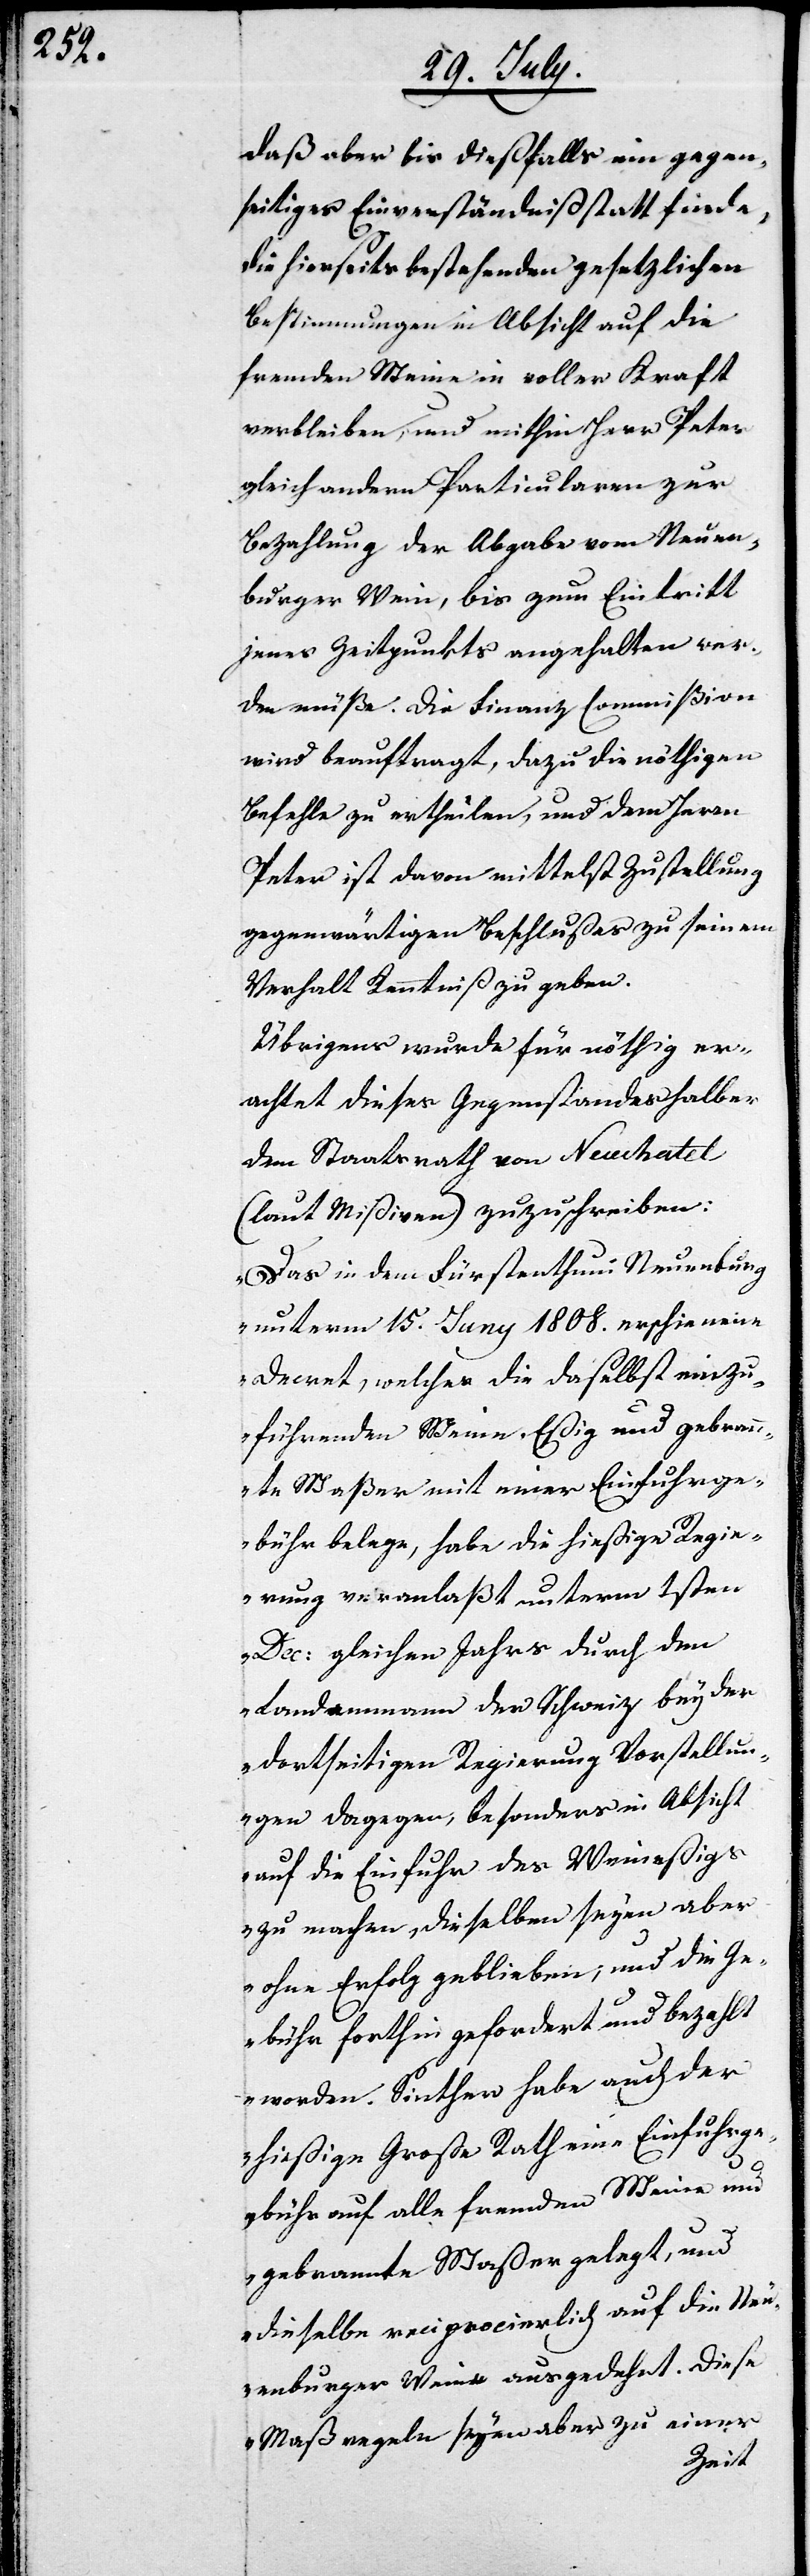
daß aber bis dießfalls ein gegen¬
seitiges Einverständniß statt finde,
die hierseits bestehenden gesetzlichen
Bestimmungen in Absicht auf die
fremden Weine in voller Kraft
verbleiben, und mithin Herr Peter
gleich andern Particularen zur
Bezahlung der Abgabe vom Neuen¬
burger Wein, bis zum Eintritt
jenes Zeitpunkts angehalten wer¬
den müße. Die Finanz Commißion
wird beauftragt, dazu die nöthigen
Befehle zu ertheilen, und dem Herrn
Peter ist davon mittelst Zustellung
gegenwärtigen Beschlußes zu seinem
Verhalt Kenntniß zu geben.
Übrigens wurde für nöthig er¬
achtet dieses Gegenstandes halber
dem Staatsrath von Neuchatel
(laut Mißiven) zuzuschreiben:
„Das in dem Fürstenthum Neuenburg
unterm 15ten Juny 1808. erschienene
Decret, welches die daselbst einzu¬
führenden Weine, Eßig und gebrann¬
te Waßer mit einer Einfuhrge¬
bühr belege, habe die hießige Regie¬
rung veranlaßt unterm 1sten
Dec. gleichen Jahrs durch den
Landammann der Schweiz bey der
dortseitigen Regierung Vorstellun¬
gen dagegen, besonders in Absicht
auf die Einfuhr des Weineßigs
zu machen, dieselben seyen aber
ohne Erfolg geblieben, und die Ge¬
bühr forthin gefordert und bezahlt
worden. Seither habe auch der
hießige Große Rath eine Einfuhrge¬
bühr auf alle fremden Weine und
gebrannte Waßer gelegt, und
dieselbe reciprocierlich auf die Neu¬
enburger Weine ausgedehnt. Diese
Maßregeln seyen aber zu einer